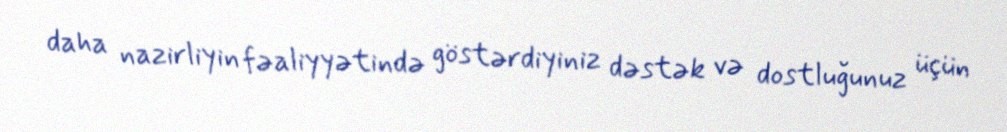
daha nazirliyin fəaliyyətində göstərdiyiniz dəstək və dostluğunuz üçün